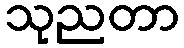
သုညတာ